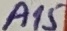
Text: A15